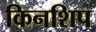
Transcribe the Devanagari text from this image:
किनशिप